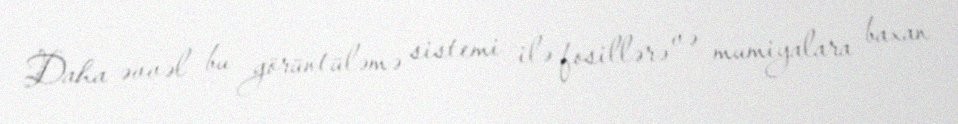
Daha əvvəl bu görüntüləmə sistemi ilə fosillərə və mumiyalara baxan